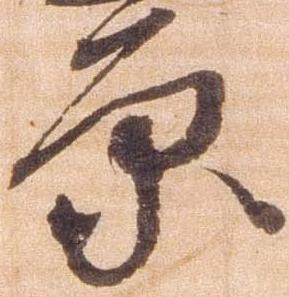
原